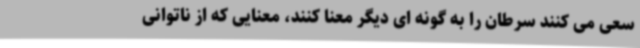
سعی می کنند سرطان را به گونه ای دیگر معنا کنند، معنایی که از ناتوانی